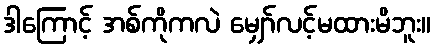
ဒါကြောင့် အစ်ကိုကလဲ မျှော်လင့်မထားမိဘူး။